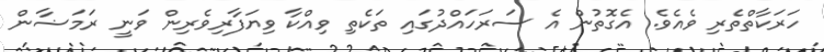
ހަރަކާތްތެރި ވެއެވެ. އެގޮތުން އެ ސަރަހައްދުގައި ތަކެތި ވިއްކާ ވިޔަފާރިވެރިން ވަނީ ރަމަޟާން